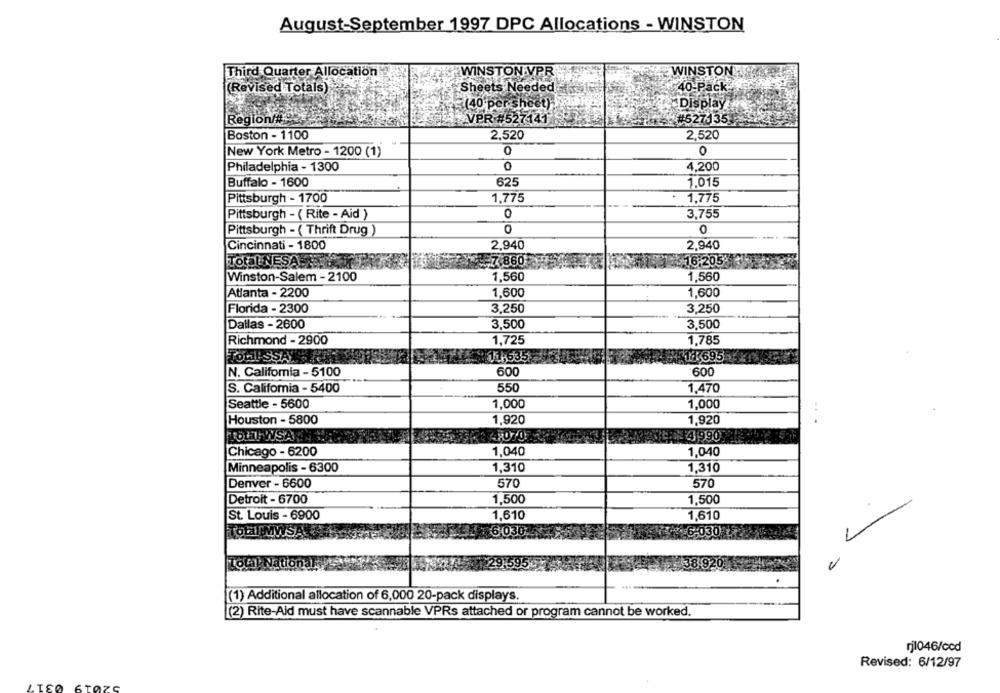
August-September 1997 DPC Allocations - WINSTON
Third Quarter Allocation
WINSTON VPR
WINSTON - SOS
(Revised Totals)
Sheets Needed
40-Pack:
=(40 per sheet)
Display : hier
Region/A
VPR #527141
#627135
Boston - 1100
2,520
2,520
0
New York Metro - 1200 (1)
0
4,200
Philadelphia - 1300
Buffalo - 1600
625
1,015
Pittsburgh - 1700
1,775
1,775
Pittsburgh - ( Rite - Aid )
0
3,755
Pittsburgh - ( Thrift Drug )
0
Cincinnati - 1800
2,940
2.940
7860
16,205
Total NESABEY
1,560
1,560
Winston-Salem - 2100
Atlanta - 2200
1,600
1,600
Florida - 2300
3,250
3,250
Dallas - 2600
3,500
3,500
Richmond - 2900
1,725
1,785
TOHISSAL
11-535
3163695
N. California - 5100
600
600
550
S. Califomia - 5400
1,470
Seattle - 5600
1,000
1,000
Houston - 5800
1,920
1,920
TOLET WSA
48070
4 990
Chicago - 6200
1,040
1,040
Minneapolis - 6300
1,310
1,310
Denver - 6600
570
570
1,500
Detroit - 6700
1,500
St. Louis - 6900
1,610
1,610
Total MWSA
6 030
6:03
(1) Additional allocation of 6,000 20-pack displays.
(2) Rite-Ald must have scannable VPRs attached or program cannot be worked.
rj1046/ccd
Revised: 6/12/97
031